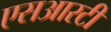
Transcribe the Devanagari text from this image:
एसआरटी